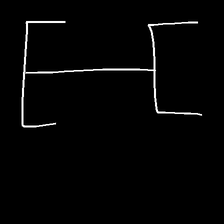
Glyph: entwine